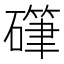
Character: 𰧤